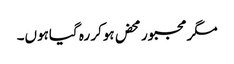
مگر مجبور محض ہوکر رہ گیاہوں۔